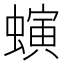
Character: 螾